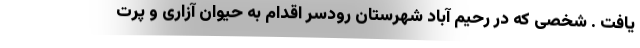
یافت . شخصی که در رحیم آباد شهرستان رودسر اقدام به حیوان آزاری و پرت